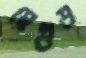
প্লেউড